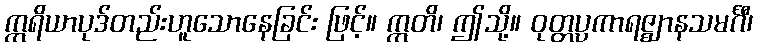
ဣရိယာပုဒ်တည်းဟူသောနေခြင်း ဖြင့်။ ဣတိ၊ ဤသို့။ ဝုတ္တပ္ပကာရဇ္ဈာနသမင်္ဂီ၊